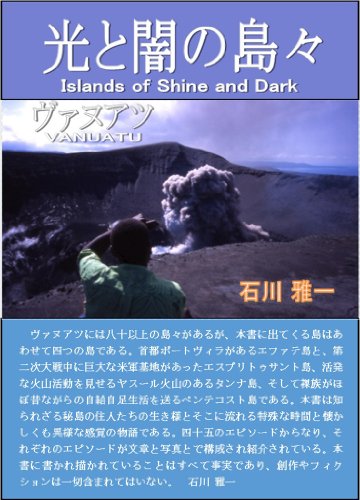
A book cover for Vanuatu - Islands of Shine and Dark (Japanese Edition); Masakazu Ishikawa; Travel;